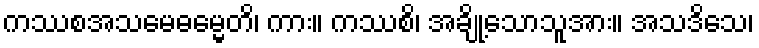
ကဿစအသမေဓမ္မေတိ၊ ကား။ ကဿစိ၊ အချို့သောသူအား။ အသဒိသေ၊